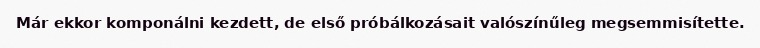
Már ekkor komponálni kezdett, de első próbálkozásait valószínűleg megsemmisítette.